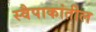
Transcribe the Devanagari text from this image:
स्वैपाकांतील